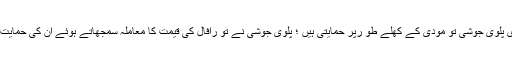
وویک اگنی ہوتری اور ان کی بیوی پلّوی جوشی تو مودی کے کھلے طو رپر حمایتی ہیں ؛ پلّوی جوشی نے تو رافال کی قیمت کا معاملہ سمجھاتے ہوئے ان کی حمایت میں ایک ویڈیو بھی جاری کیا تھا۔